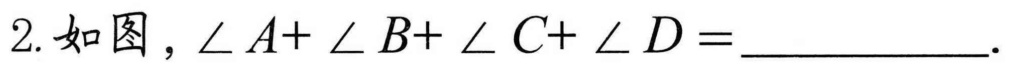
2. 如图，\(\angle A+\angle B+\angle C+\angle D = \_\_\_\_\_\_\_.\)